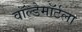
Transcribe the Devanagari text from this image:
वॉल्डेमॉर्टला